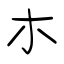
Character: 朩